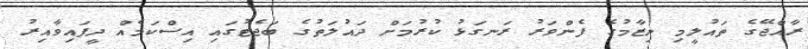
ރާއްޖޭގެ ތައުލީމި ނިޒާމުގެ ފެންވަރު ރަނގަޅު ކުރުމަށް ދައުލަތުގެ ބަޖެޓުގައި އިސްކަމެއް ދީފައިވާއިރު